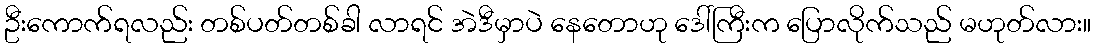
ဦးကောက်ရလည်း တစ်ပတ်တစ်ခါ လာရင် အဲဒီမှာပဲ နေတောဟု ဒေါ်ကြီးက ပြောလိုက်သည် မဟုတ်လား။